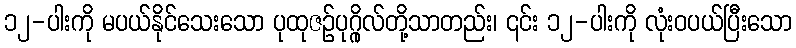
၁၂-ပါးကို မပယ်နိုင်သေးသော ပုထုဇဉ်ပုဂ္ဂိုလ်တို့သာတည်း၊ ၎င်း ၁၂-ပါးကို လုံးဝပယ်ပြီးသော